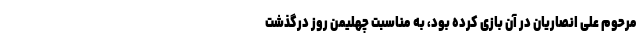
مرحوم علی انصاریان در آن بازی کرده بود، به مناسبت چهلیمن روز درگذشت